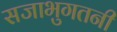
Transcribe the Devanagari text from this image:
सजाभुगतनी